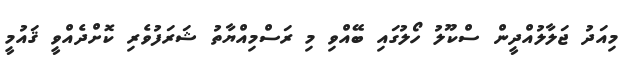
މިއަދު ޖަލާލުއްދީން ސްކޫލު ހޯލުގައި ބޭއްވި މި ރަސްމިއްޔާތު ޝަރަފުވެރި ކޮށްދެއްވީ ޤައުމީ